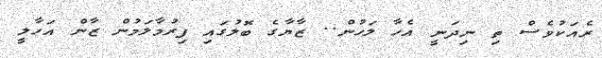
ރެއަކުވެސް ތި ނިދަނީ އެހާ ލަހުން.. ޒާޔާގެ ބޮލުގައި ފިރުމާލަމުން ޒާން އަހާލީ